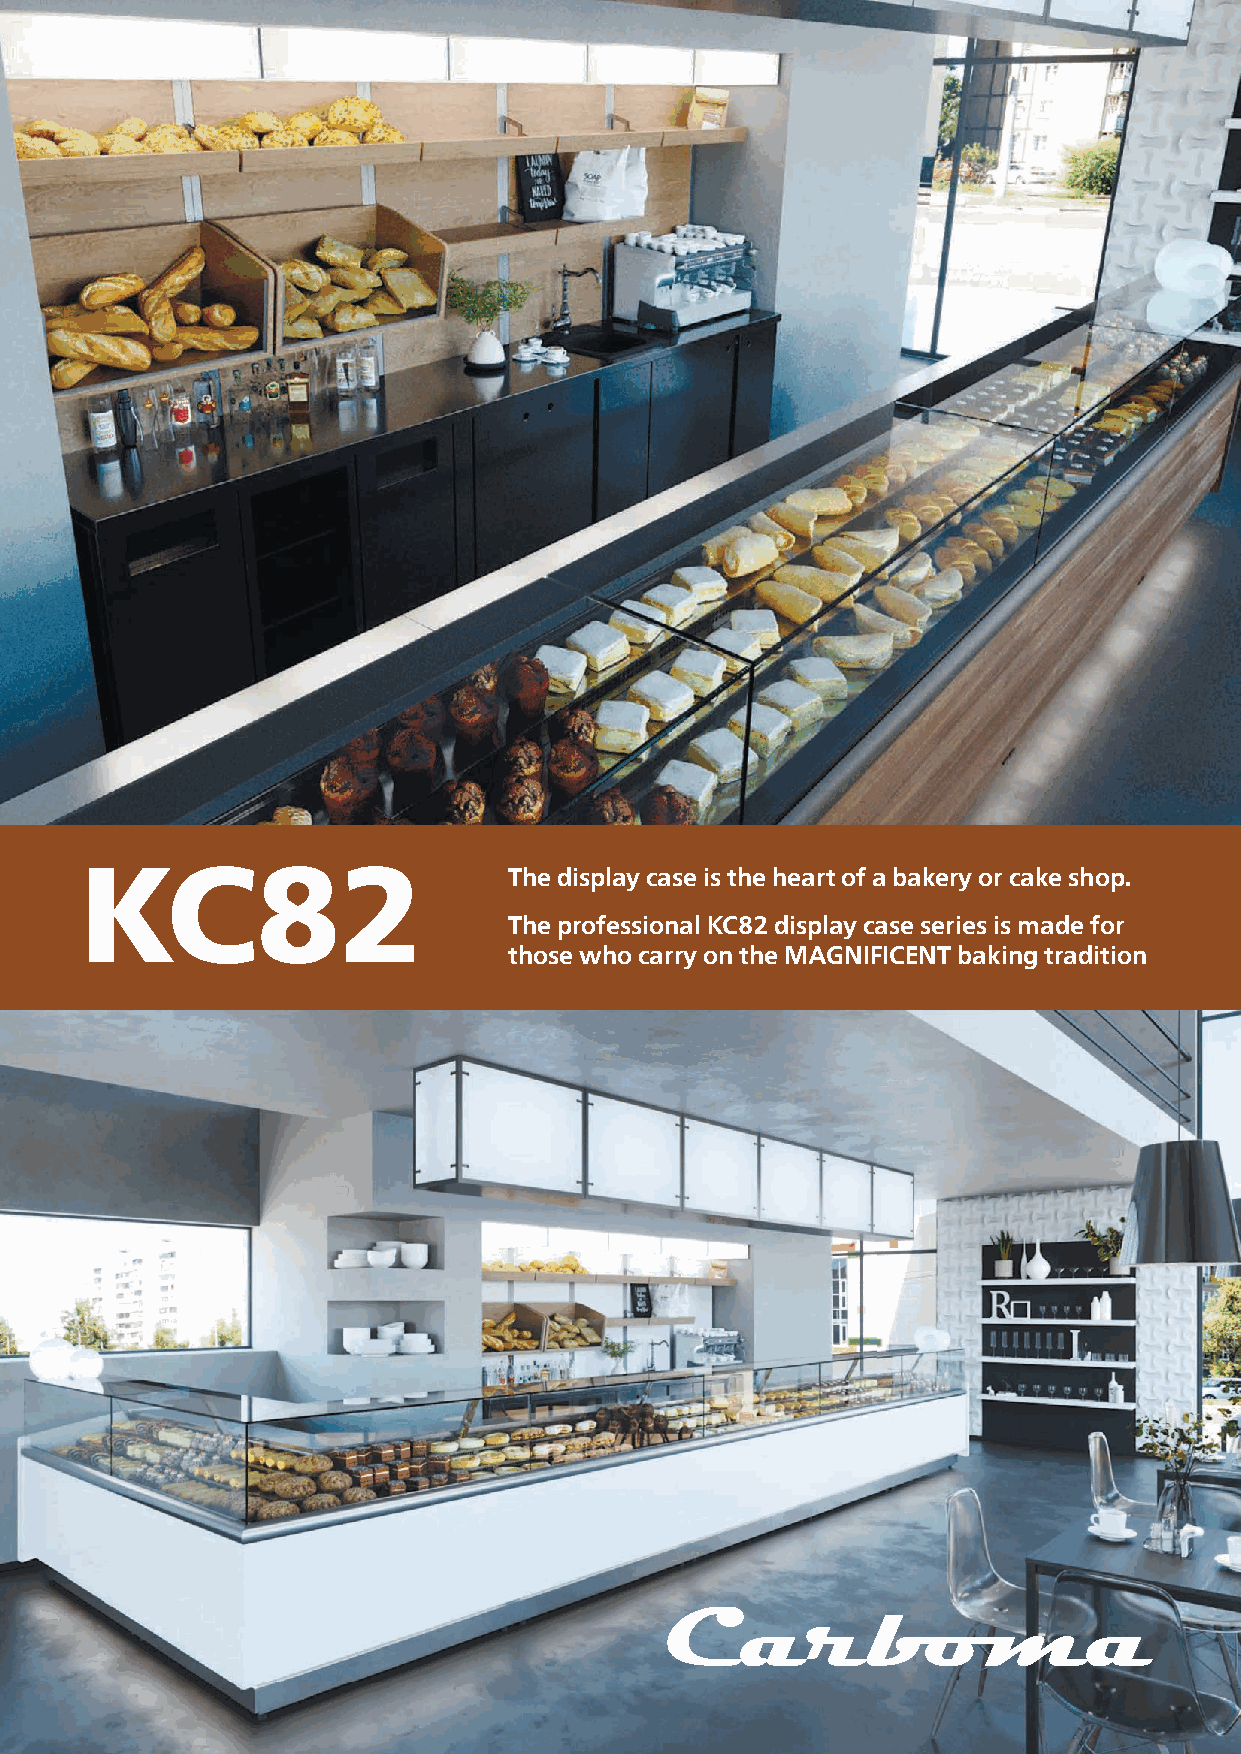
КС82
 The display case is the heart of a bakery or cake shop.
 The professional KC82 display case series is made for
 those who carry on the MAGNIFICENT baking tradition